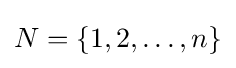
N=\{1,2,\ldots ,n\}